Document type: Emphyteutic lease
Year: 1276
Scribe: Pere de Roca
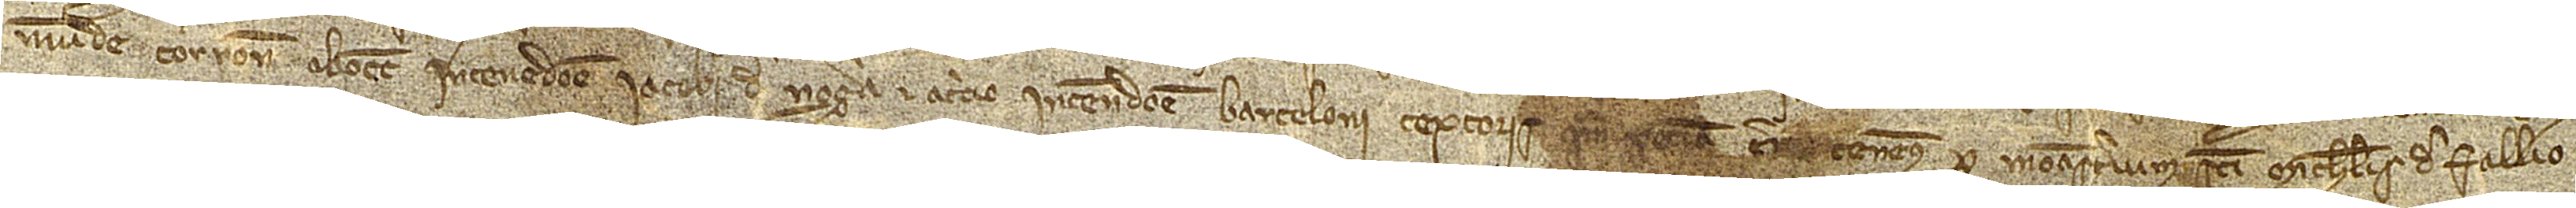
munde Corrone; ab occidente in tenedone Iacobi de Nogera; et a circio in tenedone Barceloni Textoris. Quam peciam terre tenemus per monasterium Sancti Michaelis de Fallio